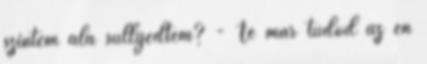
szintem alá süllyedtem? - Te már tudod az én